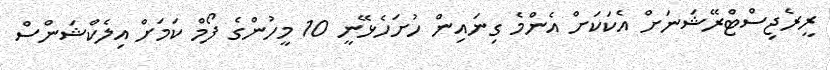
ރީރެޖިސްޓްރޭޝަނަށް އެކަކަށް އެންމެ ގިނައިން ހުށަހެޅޭނީ 10 މީހުންގެ ފޯމް ކަމަށް އިލެކްޝަންސް